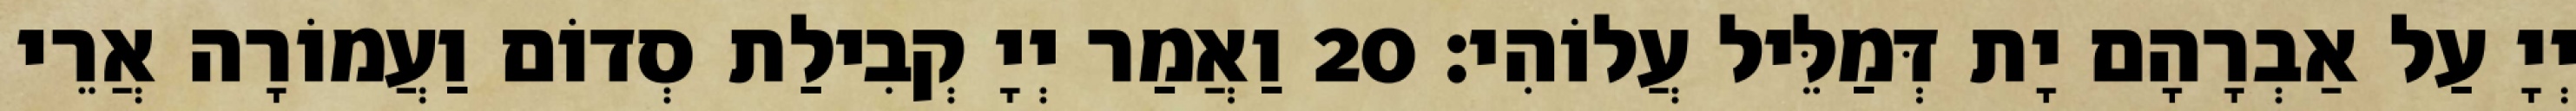
יְיָ עַל אַבְרָהָם יָת דְּמַלֵּיל עֲלוֹהִי׃ 20 וַאֲמַר יְיָ קְבִילַת סְדוֹם וַעֲמוֹרָה אֲרֵי